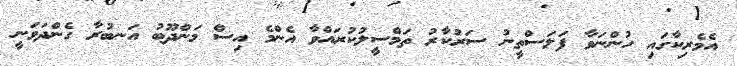
އެމެރިކާގައި ހުންނަވާ ފަލަސްތީނު ސަރުކާރު ތަމްސީލުކުރައްވާ އެންމެ އިސް މަންދޫބު އަނބުރާ ގެންދަވަނީ